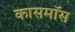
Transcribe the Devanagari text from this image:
कासमॉस